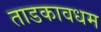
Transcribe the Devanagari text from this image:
ताडकावधम